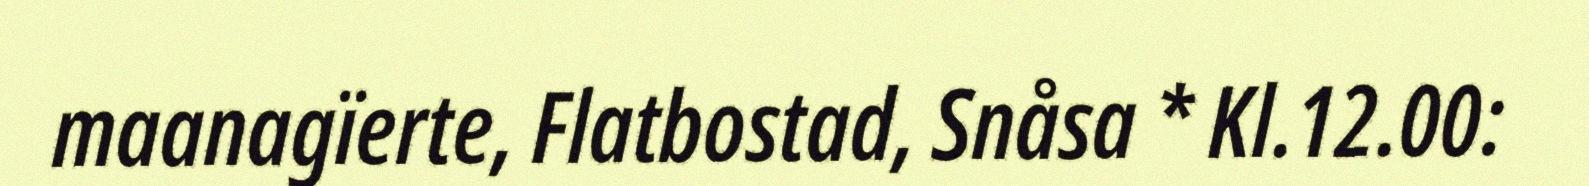
maanagïerte, Flatbostad, Snåsa * Kl.12.00: